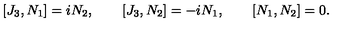
[ J _ { 3 } , N _ { 1 } ] = i N _ { 2 } , \qquad [ J _ { 3 } , N _ { 2 } ] = - i N _ { 1 } , \qquad [ N _ { 1 } , N _ { 2 } ] = 0 .